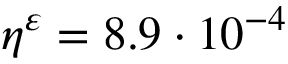
\eta ^ { \varepsilon } = 8 . 9 \cdot 1 0 ^ { - 4 }